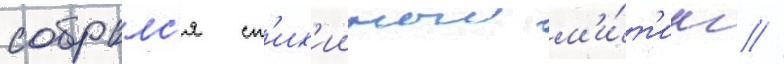
собралс'я ст'их'ииныи м'и́т'инг //